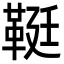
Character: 䩠